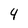
Character: 4